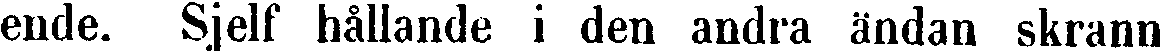
ende. Sjelf hållande i den andra ändan skrann